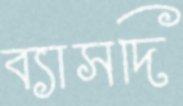
ব্যাসদি